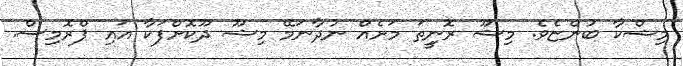
މިޝްކާ ބުންޏެވެ. މިޝޫ ރޮނިީތަ މަށެއް ނުދާނަމޭ މިޝޫ ދޫކޮށްފަކާ އައި ޕްރޮމިސް.